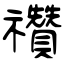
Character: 禶